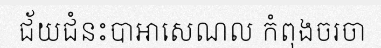
ជ័យជំនះបាអាសេណល កំពុងចរចា